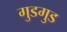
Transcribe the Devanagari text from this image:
गुडगुड